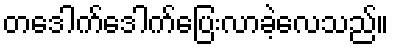
တဒေါက်ဒေါက်ပြေးလာခဲ့လေသည်။